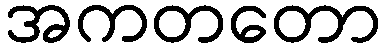
အကတတော